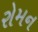
રોમન